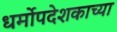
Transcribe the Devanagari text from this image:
धर्मोपदेशकाच्या